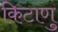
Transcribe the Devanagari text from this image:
किटाणु